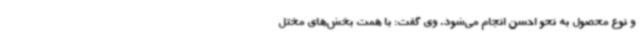
و نوع محصول به نحو احسن انجام می‌شود. وی گفت: با همت بخش‌های مختل